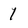
Character: 1